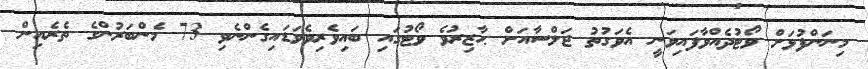
މިނަންފުޅަށް ވޯޓުދެއްވާފައިވަނީ އެވަގުތު ޖަލްސާއަށް ޙާޒިރުވެ ވޯޓުގައި ބައިވެރިވެވަޑައިގެންނެވި 73 މެންބަރުންގެ ތެރެއިން